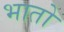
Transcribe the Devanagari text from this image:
भातो